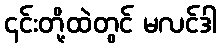
၎င်းတို့ထဲတွင် မလင်ဒါ